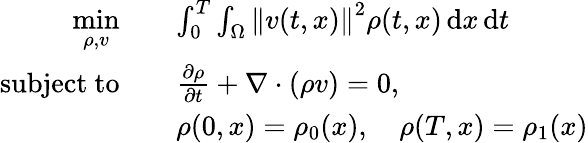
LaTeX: \begin{array}{rl}{\underset{\rho,v}{\mathrm{min}}\quad}&{\int_{0}^{T}\int_{\Omega}\left\lVert v(t,x)\right\rVert^{2}\rho(t,x)\, \mathrm{d}x\, \mathrm{d}t}\\ {\mathrm{subject~to}\quad}&{\frac{\partial\rho}{\partial t}+\nabla\cdot(\rho v)=0,}\\ &{\rho(0,x)=\rho_{0}(x),\quad\rho(T,x)=\rho_{1}(x)}\end{array}